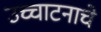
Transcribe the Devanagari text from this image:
उच्चाटनाचे